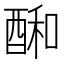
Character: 𮠱